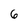
Character: 6